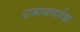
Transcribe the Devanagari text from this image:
रामायणापेक्षा